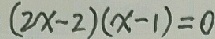
( 2 x - 2 ) ( x - 1 ) = 0